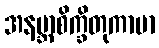
အနဗ္ဘာစိက္ခိတုကာမာ